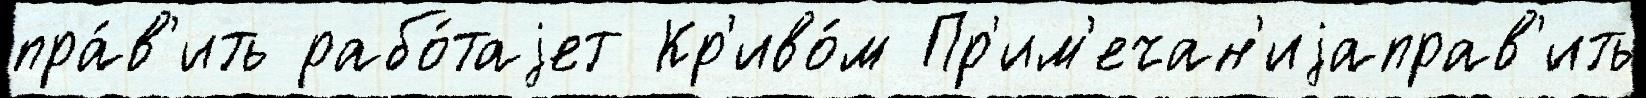
пра́в'ить рабо́таjет Кр'иво́м Пр'им'ечан'иjаправ'ить